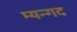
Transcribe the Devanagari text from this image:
म्यन्गद